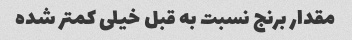
مقدار برنج نسبت به قبل خیلی کمتر شده